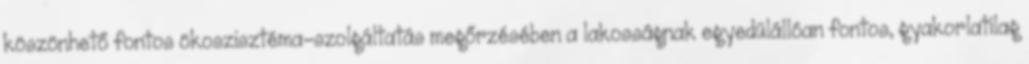
köszönhető fontos ökoszisztéma-szolgáltatás megőrzésében a lakosságnak egyedülállóan fontos, gyakorlatilag